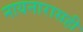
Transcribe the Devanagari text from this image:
नायनारासही